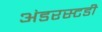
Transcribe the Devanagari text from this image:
अंडरस्टडी